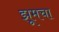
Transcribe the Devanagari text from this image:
झूमचा